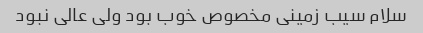
سلام سیب زمینی مخصوص خوب بود ولی عالی نبود